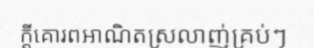
ក្តីគោរពអាណិតស្រលាញ់គ្រប់ៗ